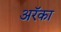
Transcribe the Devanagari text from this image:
अरॅका